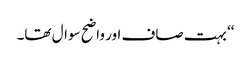
‘‘ بہت صاف اور واضح سوال تھا۔